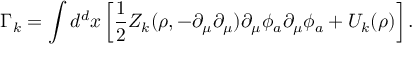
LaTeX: \Gamma _ { k } = \int d ^ { d } x \left[ \frac { 1 } { 2 } Z _ { k } ( \rho , - \partial _ { \mu } \partial _ { \mu } ) \partial _ { \mu } \phi _ { a } \partial _ { \mu } \phi _ { a } + U _ { k } ( \rho ) \right] .